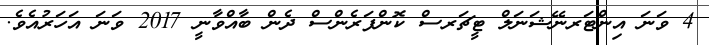
4 ވަނަ އިންޓަރނޭޝަނަލް ޓީޗަރސް ކޮންފަރެންސް ދެން ބާއްވާނީ 2017 ވަނަ އަހަރުއެވެ.